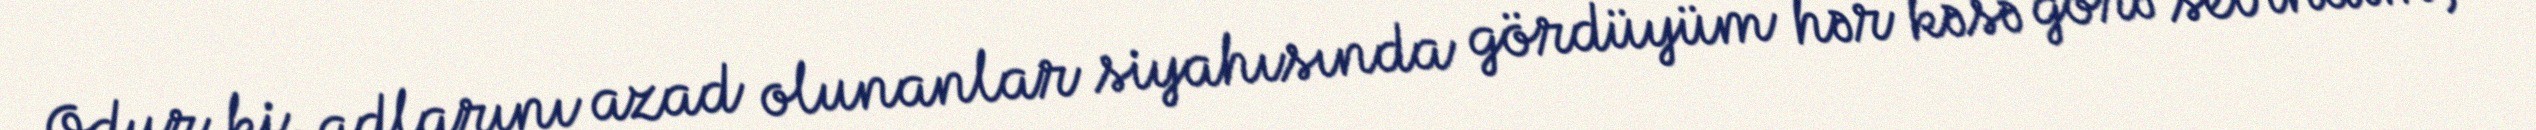
Odur ki, adlarını azad olunanlar siyahısında gördüyüm hər kəsə görə sevindim,